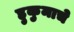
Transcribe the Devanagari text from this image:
हुकुमाचे